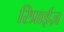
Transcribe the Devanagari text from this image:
रिप्राईज़